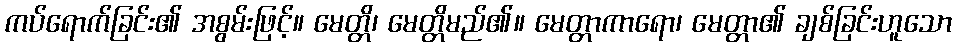
ကပ်ရောက်ခြင်း၏ အစွမ်းဖြင့်။ မေတ္တိ၊ မေတ္တိမည်၏။ မေတ္တာကာရော၊ မေတ္တာ၏ ချစ်ခြင်းဟူသော